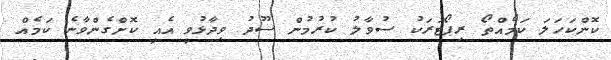
ކޮންކަހަލަ ކަމެއްތޯ ރިޕޯޓަރަކު ސުވާލު ކުރުމުން ސޫދު ވިދާޅުވީ އެއީ ކޮށްގެންވާނެ ކަމެއް